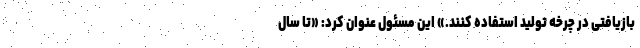
بازیافتی در چرخه تولید استفاده کنند.» این مسئول عنوان کرد: «تا سال